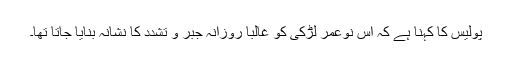
پولیس کا کہنا ہے کہ اس نوعمر لڑکی کو غالباً روزانہ جبر و تشدد کا نشانہ بنایا جاتا تھا۔